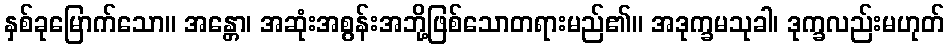
နှစ်ခုမြောက်သော။ အန္တော၊ အဆုံးအစွန်းအဘို့ဖြစ်သောတရားမည်၏။ အဒုက္ခမသုခါ၊ ဒုက္ခလည်းမဟုတ်